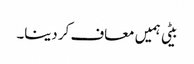
بیٹی ہمیں معاف کر دینا۔